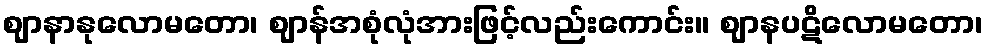
ဈာနာနုလောမတော၊ ဈာန်အစုံလုံအားဖြင့်လည်းကောင်း။ ဈာနပဋိလောမတော၊